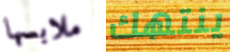
ملابسها ينتهك